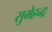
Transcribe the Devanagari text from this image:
सुमेहन्द्र